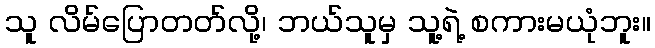
သူ လိမ်ပြောတတ်လို့၊ ဘယ်သူမှ သူ့ရဲ့ စကားမယုံဘူး။